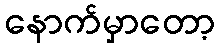
နောက်မှာတော့